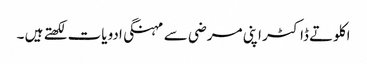
اکلوتے ڈاکٹر اپنی مرضی سے مہنگی ادویات لکھتے ہیں ۔